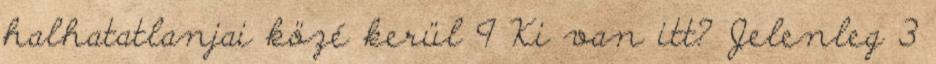
halhatatlanjai közé kerül 9 Ki van itt? Jelenleg 3